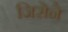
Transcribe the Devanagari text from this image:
जिसेने